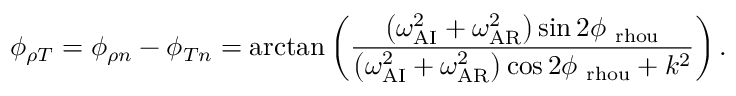
\phi _ { \rho T } = \phi _ { \rho n } - \phi _ { T n } = \arctan \left( \frac { \left( \omega _ { \mathrm { A I } } ^ { 2 } + \omega _ { \mathrm { A R } } ^ { 2 } \right) \sin { 2 \phi _ { \mathrm { \ r h o u } } } } { \left( \omega _ { \mathrm { A I } } ^ { 2 } + \omega _ { \mathrm { A R } } ^ { 2 } \right) \cos { 2 \phi _ { \mathrm { \ r h o u } } } + k ^ { 2 } } \right) .